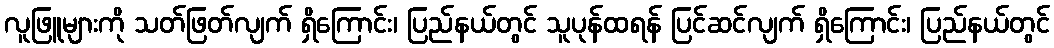
လူဖြူများကို သတ်ဖြတ်လျက် ရှိကြောင်း၊ ပြည်နယ်တွင် သူပုန်ထရန် ပြင်ဆင်လျက် ရှိကြောင်း၊ ပြည်နယ်တွင်